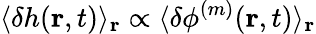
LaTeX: \langle\delta h(\mathbf{r},t)\rangle_{\mathbf{r}}\propto\langle\delta\phi^{(m)}(\mathbf{r},t)\rangle_{\mathbf{r}}